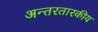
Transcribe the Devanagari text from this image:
अन्तरतारकीय